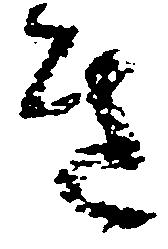
き